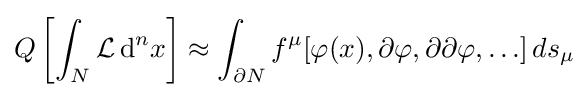
Q\left[\int _{N}{\mathcal {L}}\,\mathrm {d} ^{n}x\right]\approx \int _{\partial N}f^{\mu }[\varphi (x),\partial \varphi ,\partial \partial \varphi ,\ldots ]\,ds_{\mu }